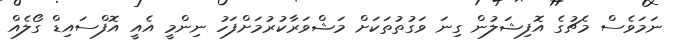
ނަމަވެސް މެޗުގެ އޮފިޝަލުން ގިނަ ވަގުތުތަކަށް މަޝްވަރާކުރުމަށްފަހު ނިންމީ އެއީ އޮފްސައިޑް ގޯލެއް